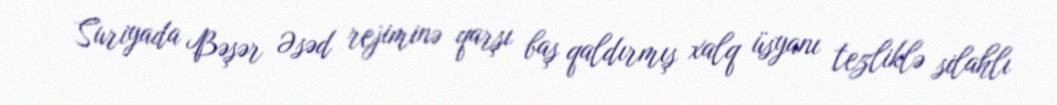
Suriyada Bəşər Əsəd rejiminə qarşı baş qaldırmış xalq üsyanı tezliklə silahlı